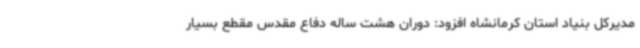
مدیرکل بنیاد استان کرمانشاه افزود: دوران هشت ساله دفاع مقدس مقطع بسیار